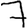
Digit: 7